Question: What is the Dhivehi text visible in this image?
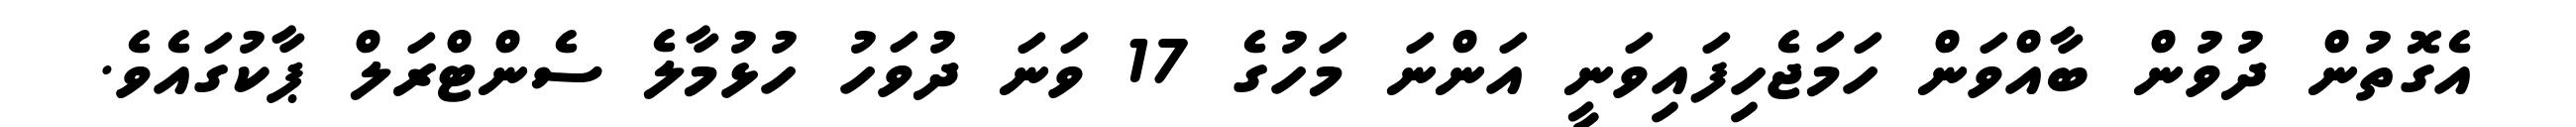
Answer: އެގޮތުން ދުވުން ބާއްވަން ހަމަޖެހިފައިވަނީ އަންނަ މަހުގެ 17 ވަނަ ދުވަހު ހުޅުމާލެ ސެންޓްރަލް ޕާކުގައެވެ.